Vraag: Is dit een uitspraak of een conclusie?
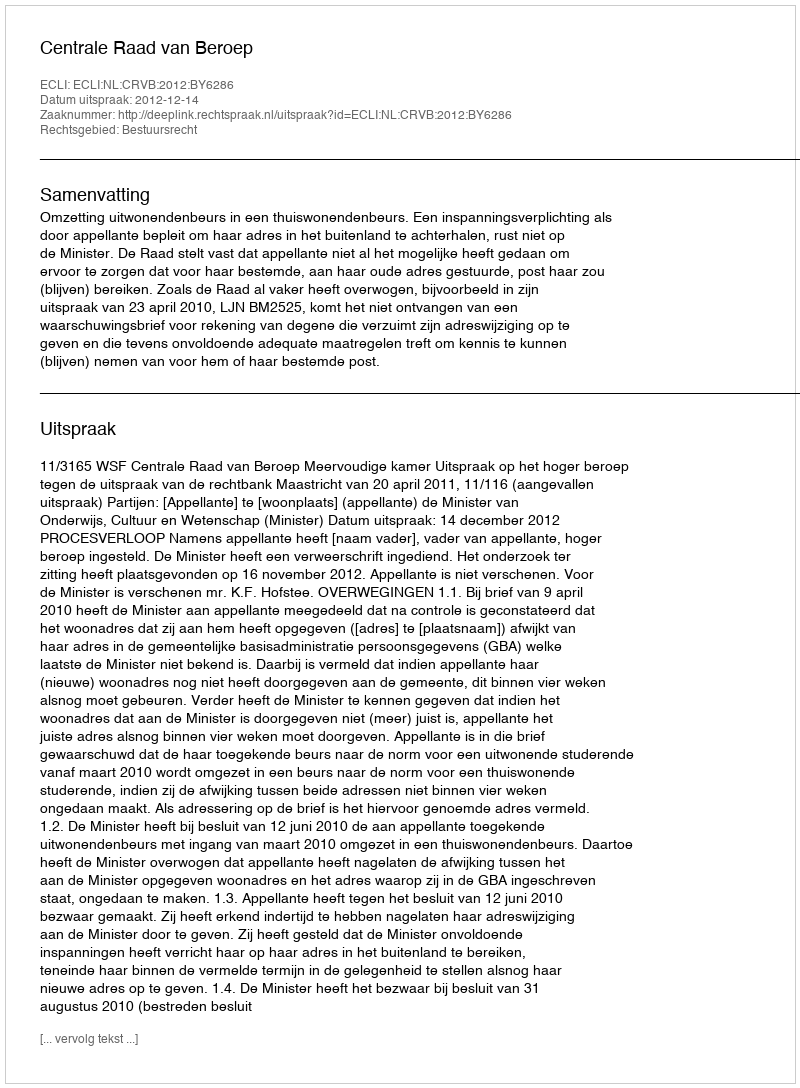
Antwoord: Uitspraak